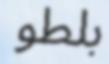
بلطو